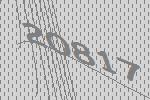
20817